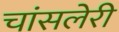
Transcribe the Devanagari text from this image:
चांसलेरी